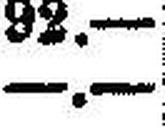
—.—